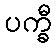
ပက္ခီ